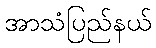
အာသံပြည်နယ်